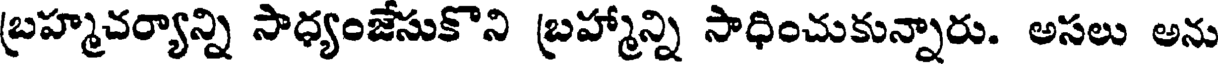
బ్రహ్మచర్యాన్ని సాధ్యంజేసుకొని బ్రహ్మాన్ని సాధించుకున్నారు. అసలు అను